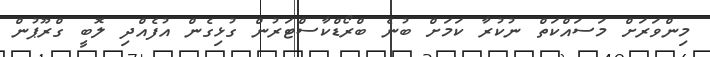
މިންވަރަށް މަސައްކަތް ނުކުރާ ކަމަށް ބުނެ ބްރޯޑްކާސްޓަރުން ގުޅިގެން އުފެއްދި ލޮބީ ގްރޫޕުން